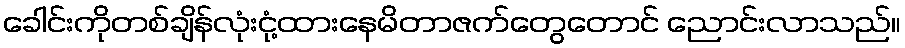
ခေါင်းကိုတစ်ချိန်လုံးငုံ့ထားနေမိတာဇက်တွေတောင် ညောင်းလာသည်။